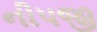
નીપજી